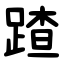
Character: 蹅